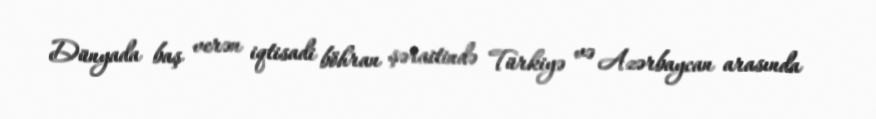
Dünyada baş verən iqtisadi böhran şəraitində Türkiyə və Azərbaycan arasında